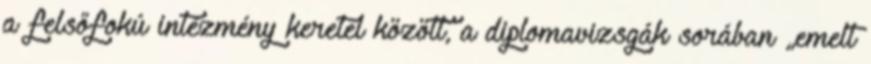
a felsőfokú intézmény keretei között, a diplomavizsgák sorában „emelt